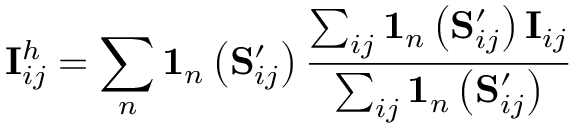
\mathbf { I } _ { i j } ^ { h } = \sum _ { n } \mathbf { 1 } _ { n } \left( \mathbf { S } _ { i j } ^ { \prime } \right) \frac { \sum _ { i j } \mathbf { 1 } _ { n } \left( \mathbf { S } _ { i j } ^ { \prime } \right) \mathbf { I } _ { i j } } { \sum _ { i j } \mathbf { 1 } _ { n } \left( \mathbf { S } _ { i j } ^ { \prime } \right) }